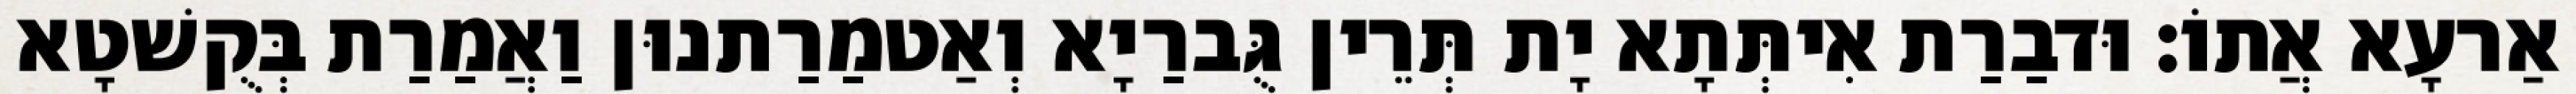
אַרעָא אֲתוֹ׃ וּדבַרַת אִיתְּתָא יָת תְּרֵין גֻּברַיָא וְאַטמַרַתנוּן וַאֲמַרַת בְּקֻשׁטָא